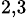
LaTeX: ^{2,3}